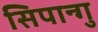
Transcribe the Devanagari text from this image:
सिपान्गु